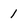
Character: 1